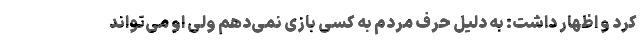
کرد و اظهار داشت: به دلیل حرف مردم به کسی بازی نمی‌دهم ولی او می‌تواند